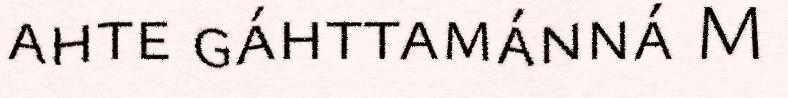
ahte gáhttamánná M